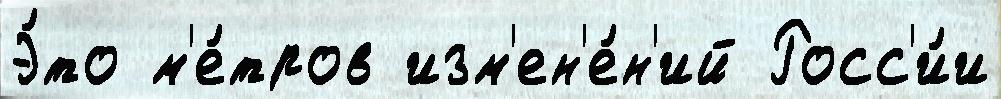
Э́то м'е́тров изм'ен'е́н'ий Росс'и́и